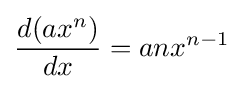
{\frac {d(ax^{n})}{dx}}=anx^{n-1}